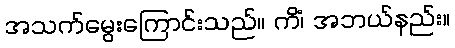
အသက်မွေးကြောင်းသည်။ ကိံ၊ အဘယ်နည်း။